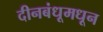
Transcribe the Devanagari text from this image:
दीनबंधूमधून